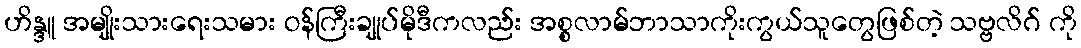
ဟိန္ဒူ အမျိုးသားရေးသမား ဝန်ကြီးချုပ်မိုဒီကလည်း အစ္စလာမ်ဘာသာကိုးကွယ်သူတွေဖြစ်တဲ့ သဗ္ဗလိဂ် ကို